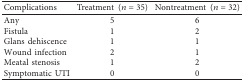
<table><thead><tr><td><b>Complications</b></td><td><b>Treatment (<i>n</i>=35)</b></td><td><b>Nontreatment (<i>n</i>=32)</b></td></tr></thead><tbody><tr><td>Any</td><td>5</td><td>6</td></tr><tr><td>Fistula</td><td>1</td><td>2</td></tr><tr><td>Glans dehiscence</td><td>1</td><td>1</td></tr><tr><td>Wound infection</td><td>2</td><td>1</td></tr><tr><td>Meatal stenosis</td><td>1</td><td>2</td></tr><tr><td>Symptomatic UTI</td><td>0</td><td>0</td></tr></tbody></table>